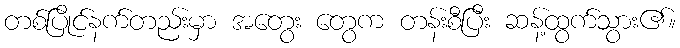
တစ်ပြိုင်နက်တည်းမှာ အတွေး တွေက တန်းစီပြီး ဆန့်ထွက်သွား၏။